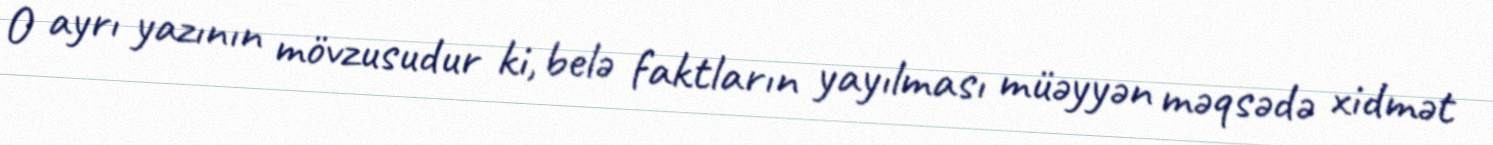
O ayrı yazının mövzusudur ki, belə faktların yayılması müəyyən məqsədə xidmət